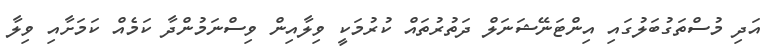
އަދި މުސްތަގުބަލުގައި އިންޓަނޭޝަނަލް ދަތުރުތައް ކުރުމަކީ ވިލާއިން ވިސްނަމުންދާ ކަމެއް ކަމަށާއި ވިލާ